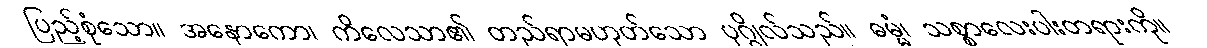
ပြည့်စုံသော။ အနောကော၊ ကိလေသာ၏ တည်ရာမဟုတ်သော ပုဂ္ဂိုလ်သည်။ ဓမ္မံ၊ သစ္စာလေးပါးတရားကို။